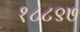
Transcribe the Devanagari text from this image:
१८८९७